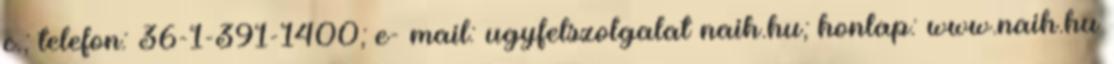
c.; telefon: 36-1-391-1400; e- mail: ugyfelszolgalat naih.hu; honlap: www.naih.hu